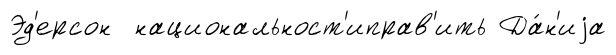
Эд'ерсон национальност'иправ'ить Да́н'иjа